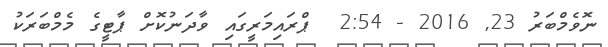
ނޮވެމްބަރު 23